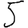
Digit: 5